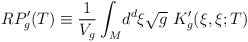
\begin{align*} RP_g'(T) \equiv \frac{1}{V_g}\int_M\! d^d\xi\sqrt{g}\ K_g'(\xi,\xi;T)\end{align*}